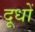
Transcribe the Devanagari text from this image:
दूधों